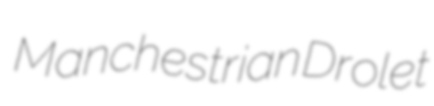
Manchestrian Drolet